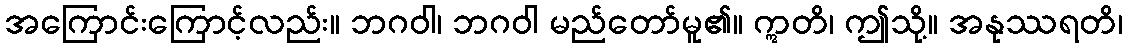
အကြောင်းကြောင့်လည်း။ ဘဂဝါ၊ ဘဂဝါ မည်တော်မူ၏။ ဣတိ၊ ဤသို့။ အနုဿရတိ၊